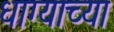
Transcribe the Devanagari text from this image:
धाग्याच्या